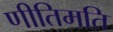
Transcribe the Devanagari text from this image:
णीतिमति